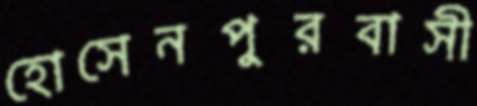
হোসেনপুরবাসী